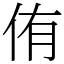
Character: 侑